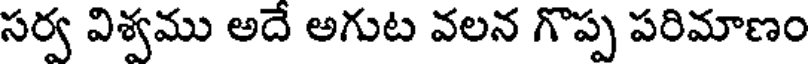
సర్వ విశ్వము అదే అగుట వలన గొప్ప పరిమాణం